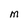
Character: M